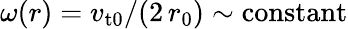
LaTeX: \omega(r)=v_{\mathrm{t0}}/(2\, r_{0})\sim\mathrm{constant}